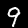
Label: 9